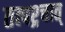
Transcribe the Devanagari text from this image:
तत्पश्र्चात्